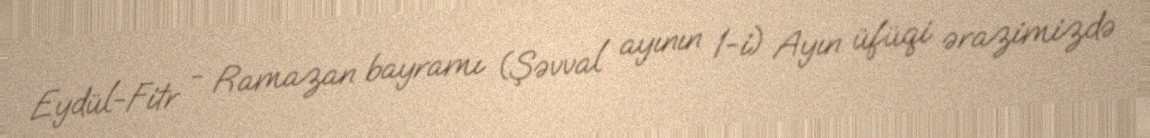
Eydül-Fitr - Ramazan bayramı (Şəvval ayının 1-i) Ayın üfüqi ərazimizdə